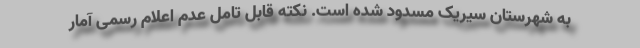
به شهرستان سیریک مسدود شده است. نکته قابل تامل عدم اعلام رسمی آمار